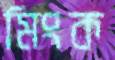
মিংক